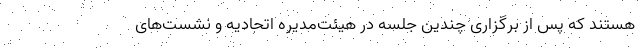
هستند که پس از برگزاری چندین جلسه در هیئت‌مدیره اتحادیه و نشست‌های